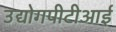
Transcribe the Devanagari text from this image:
उद्योगपीटीआई